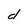
Character: d